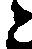
と